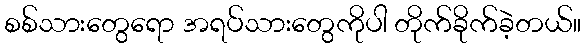
စစ်သားတွေရော အရပ်သားတွေကိုပါ တိုက်ခိုက်ခဲ့တယ်။